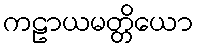
ကဠာယမတ္တိယော